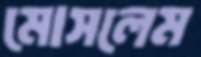
মোসলেম